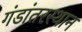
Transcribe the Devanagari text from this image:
गंडांतरस्थान